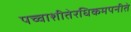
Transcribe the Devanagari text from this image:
पच्चाशीतेरधिकमपनीते